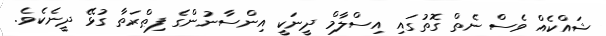
ޝައްކެއް ވެސް ނެތް ގޮތުގައި އިސްލާމް ދީނަކީ އިންސާނުންގެ ފިޠްރަތާ ގުޅޭ ދީނެކެވެ.